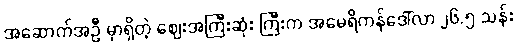
အဆောက်အဦ မှာရှိတဲ့ ဈေးအကြီးဆုံး ကြီးက အမေရိကန်ဒေါ်လာ ၂၆.၅ သန်း